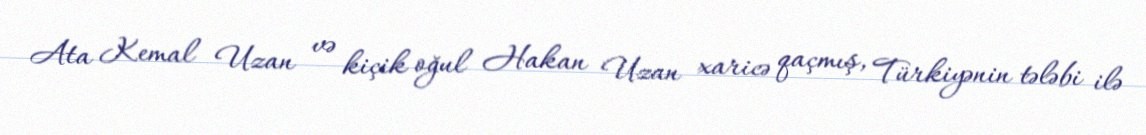
Ata Kemal Uzan və kiçik oğul Hakan Uzan xaricə qaçmış, Türkiyənin tələbi ilə